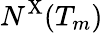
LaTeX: N^{\mathrm{X}}(T_{m})